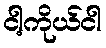
ငါ့ကိုယ်ငါ